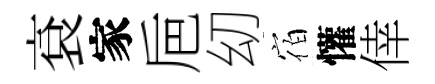
袞家巵㓜宿懽倖